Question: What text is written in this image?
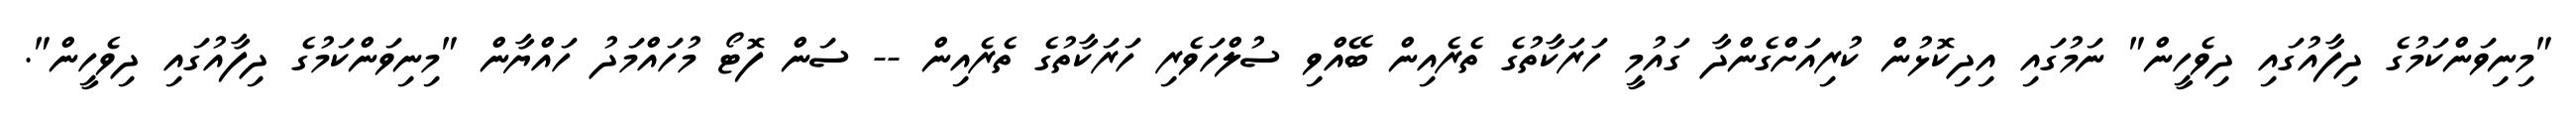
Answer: "މިނިވަންކަމުގެ ދިފާއުގައި ދިވެހީން" ނަމުގައި އިދިކޮޅުން ކުރިއަށްގެންދާ ގައުމީ ހަރަކާތުގެ ތެރެއިން ބޭއްވި ސުލްހަވެރި ހަރަކާތުގެ ތެރެއިން -- ސަން ފޮޓޯ މުހައްމަދު ހައްޔާން "މިނިވަންކަމުގެ ދިފާއުގައި ދިވެހީން".